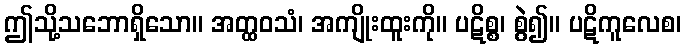
ဤသို့သဘောရှိသော။ အတ္ထဝသံ၊ အကျိုးထူးကို။ ပဋိစ္စ၊ စွဲ၍။ ပဋိကူလေစ၊